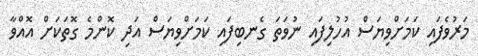
މަރުވެފައި ކަމަށްވިޔަސް އުހުލިފައި ނުވަތަ ގެނބިފައި ކަމަށްވިޔަސް އަދި ކޮންމެ ގޮތަކަށް އޮއްވާ